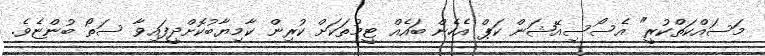
މަސައްކަތްކުރީ" އެސޯސިއޭޝަން ކަޕް އެހެން ބައެއް ޓީމުތަކަށް ކުރިން ކާމިޔާބުކޮށްދީފައިވާ ސަތޯ ބުންޏެވެ.